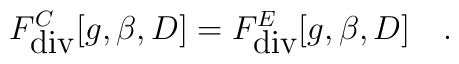
F^C_{\mbox{div}}[g,\beta,D]=F^E_{\mbox{div}}[g,\beta,D]~~~.